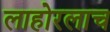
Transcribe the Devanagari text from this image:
लाहोरलाच